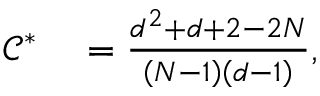
\begin{array} { r l } { \mathcal { C } ^ { \ast } } & { { } = \frac { d ^ { 2 } + d + 2 - 2 N } { \left( N - 1 \right) \left( d - 1 \right) } , } \end{array}